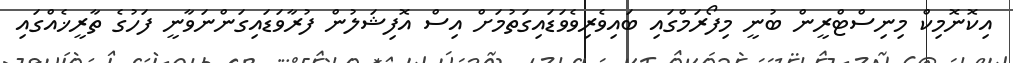
އިކޮނޮމިކް މިނިސްޓްރީން ބުނީ މިފޯރަމްގައި ބައިވެރިވެވަޑައިގަތުމަށް އިސް އޮފިޝަލުން ފުރާވަޑައިގަންނަވާނީ ފަހުގެ ތާރީޚެއްގައި